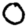
Digit: 0